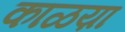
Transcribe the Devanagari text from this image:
काळय़ा